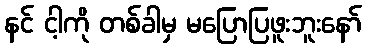
နင် ငါ့ကို တစ်ခါမှ မပြောပြဖူးဘူးနော်